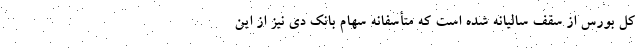
کل بورس از سقف سالیانه شده است که متأسفانه سهام بانک دی نیز از این